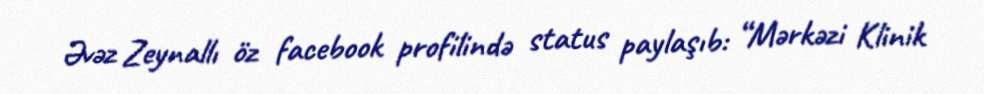
Əvəz Zeynallı öz facebook profilində status paylaşıb: “Mərkəzi Klinik